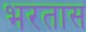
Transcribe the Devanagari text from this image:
भरतास